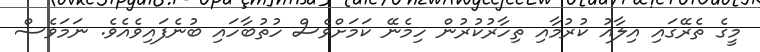
މީގެ ތެރޭގައި އިލާއު ކުރުމާއި ތިހާރުކުރުން ހިމެނޭ ކަމަށްވެސް ހުތުބާހައި ބުނެފައިވެއެވެ. ނަމަވެސް